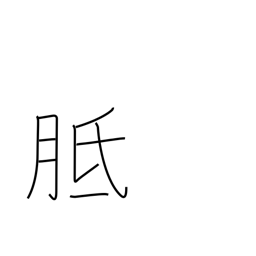
Meaning: callus